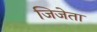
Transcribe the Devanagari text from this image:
जिजेता